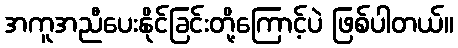
အကူအညီပေးနိုင်ခြင်းတို့ကြောင့်ပဲ ဖြစ်ပါတယ်။